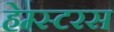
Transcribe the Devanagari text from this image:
हेम्स्टरस